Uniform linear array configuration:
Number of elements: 32
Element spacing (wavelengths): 0.5
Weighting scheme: blackman
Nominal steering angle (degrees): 30
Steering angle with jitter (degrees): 31.181
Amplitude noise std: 0.05
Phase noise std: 0.05

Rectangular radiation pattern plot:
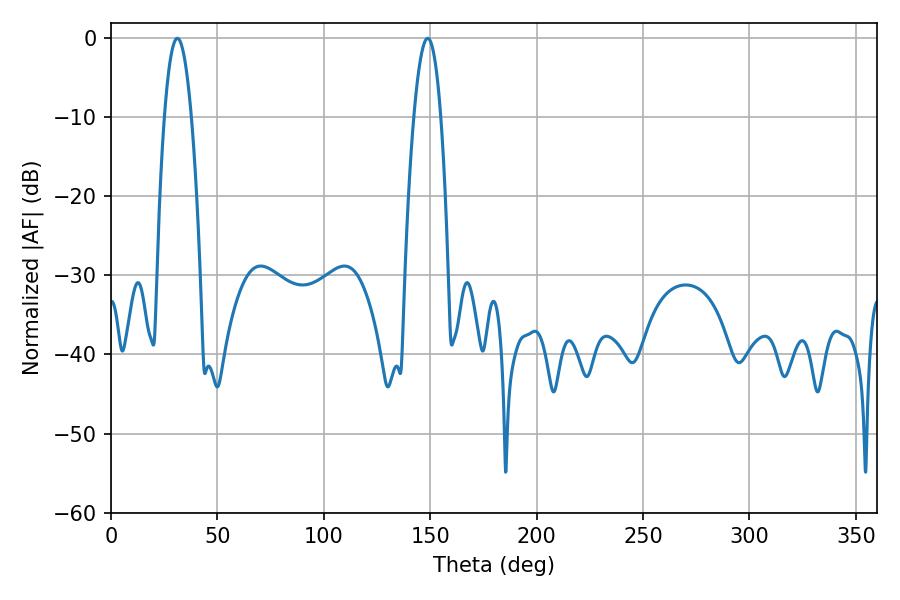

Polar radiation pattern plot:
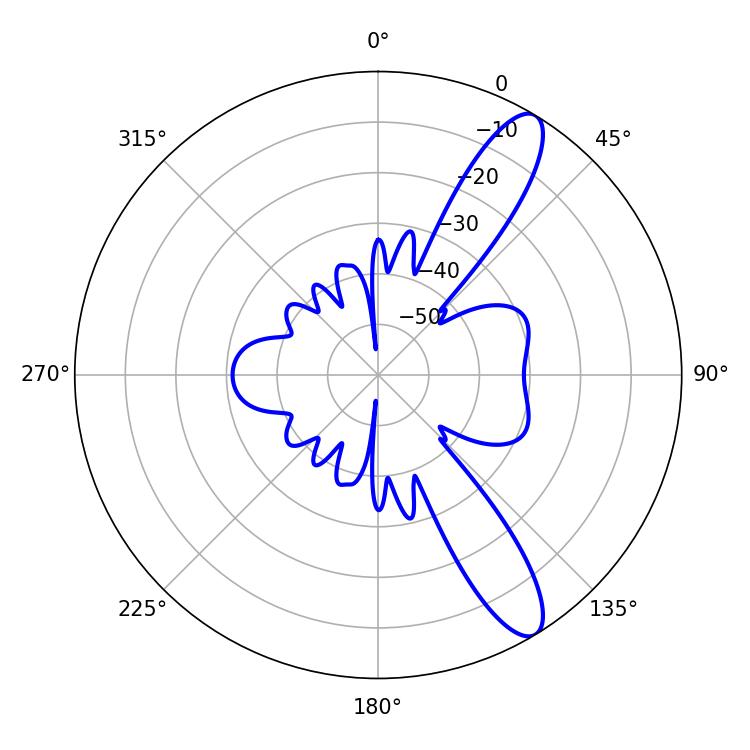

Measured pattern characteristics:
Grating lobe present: FALSE
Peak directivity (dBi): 11.655
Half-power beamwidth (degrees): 7.02
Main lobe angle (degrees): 31.14